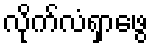
လိုက်လံရှာဖွေ